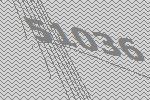
51036